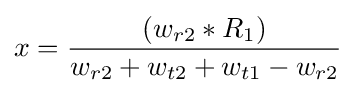
x={\frac {(w_{r2}*R_{1})}{w_{r2}+w_{t2}+w_{t1}-w_{r2}}}